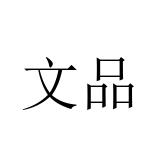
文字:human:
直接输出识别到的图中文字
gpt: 文品